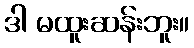
ဒါ မထူးဆန်းဘူး။